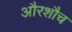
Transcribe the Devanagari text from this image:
औरशौच